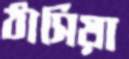
ঠাসিয়া